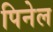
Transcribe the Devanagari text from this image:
पिनेल